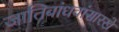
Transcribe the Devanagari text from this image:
जातिबांधवांसारखे